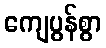
ကျေပွန်စွာ